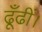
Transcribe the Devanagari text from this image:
ढूँढीं।